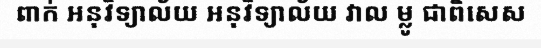
ពាក់ អនុវិទ្យាល័យ អនុវិទ្យាល័យ វាល ម្លូ ជាពិសេស